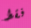
فقط